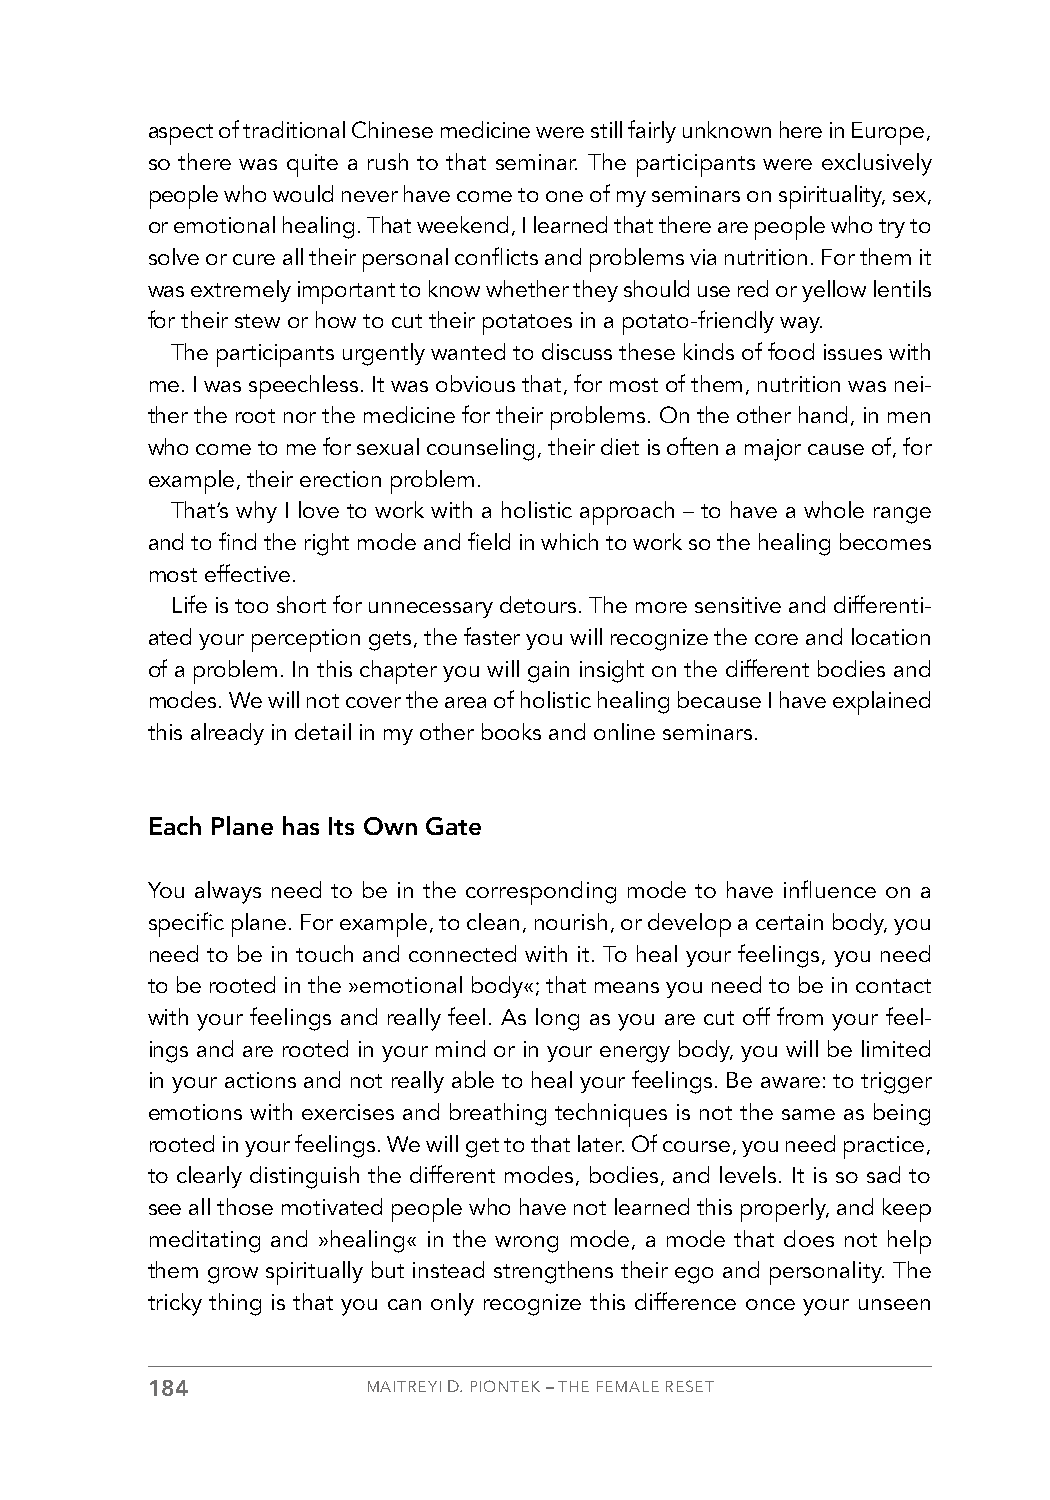
aspect of traditional Chinese medicine were still fairly unknown here in Europe,
 so there was quite a rush to that seminar. The participants were exclusively
 people who would never have come to one of my seminars on spirituality, sex,
 or emotional healing. That weekend, I learned that there are people who try to
 solve or cure all their personal conflicts and problems via nutrition. For them it
 was extremely important to know whether they should use red or yellow lentils
 for their stew or how to cut their potatoes in a potato-friendly way.
 The participants urgently wanted to discuss these kinds of food issues with
 me. I was speechless. It was obvious that, for most of them, nutrition was nei-
 ther the root nor the medicine for their problems. On the other hand, in men
 who come to me for sexual counseling, their diet is often a major cause of, for
 example, their erection problem.
 That’s why I love to work with a holistic approach – to have a whole range
 and to find the right mode and field in which to work so the healing becomes
 most effective.
 Life is too short for unnecessary detours. The more sensitive and differenti-
 ated your perception gets, the faster you will recognize the core and location
 of a problem. In this chapter you will gain insight on the different bodies and
 modes. We will not cover the area of holistic healing because I have explained
 this already in detail in my other books and online seminars.
 Each Plane has Its Own Gate
 You always need to be in the corresponding mode to have influence on a
 specific plane. For example, to clean, nourish, or develop a certain body, you
 need to be in touch and connected with it. To heal your feelings, you need
 to be rooted in the »emotional body«; that means you need to be in contact
 with your feelings and really feel. As long as you are cut off from your feel-
 ings and are rooted in your mind or in your energy body, you will be limited
 in your actions and not really able to heal your feelings. Be aware: to trigger
 emotions with exercises and breathing techniques is not the same as being
 rooted in your feelings. We will get to that later. Of course, you need practice,
 to clearly distinguish the different modes, bodies, and levels. It is so sad to
 see all those motivated people who have not learned this properly, and keep
 meditating and »healing« in the wrong mode, a mode that does not help
 them grow spiritually but instead strengthens their ego and personality. The
 tricky thing is that you can only recognize this difference once your unseen
 184           MAITREYI D. PIONTEK – THE FEMALE RESET